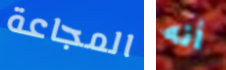
المجاعة أنه